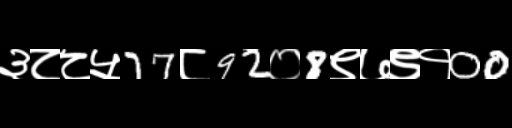
Text: ३८८५77८92०8९७९१00